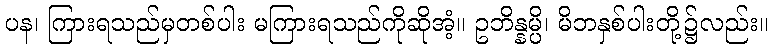
ပန၊ ကြားရသည်မှတစ်ပါး မကြားရသည်ကိုဆိုအံ့။ ဥဘိန္နမ္ပိ၊ မိဘနှစ်ပါးတို့၌လည်း။